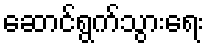
ဆောင်ရွက်သွားရေး